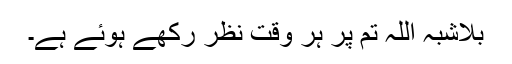
بلاشبہ اللہ تم پر ہر وقت نظر رکھے ہوئے ہے۔